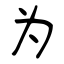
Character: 为